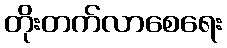
တိုးတက်လာစေရေး